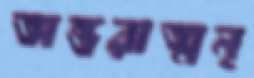
অন্তরাত্মন্